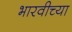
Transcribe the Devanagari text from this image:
भारवीच्या